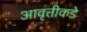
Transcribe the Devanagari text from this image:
आवृत्तीकडे